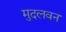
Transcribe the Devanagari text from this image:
मुदलवन